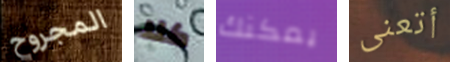
المجروح كلا يمكنك أتعنى